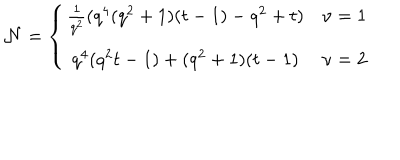
{ \cal N } = \left\{ \begin{array} { c l } { { \frac { 1 } { q ^ { 2 } } ( q ^ { 4 } ( q ^ { 2 } + 1 ) ( t - 1 ) - q ^ { 2 } + t ) } } & { { \nu = 1 } } \\ { { q ^ { 4 } ( q ^ { 2 } t - 1 ) + ( q ^ { 2 } + 1 ) ( t - 1 ) } } & { { \nu = 2 } } \\ \end{array} \right.